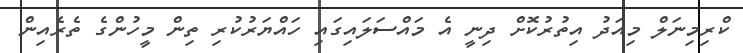
ކްރިމިނަލް މިއަދު އިތުރުކޮށް ދިނީ އެ މައްސަލައިގައި ހައްޔަރުކުރި ތިން މީހުންގެ ތެރެއިން